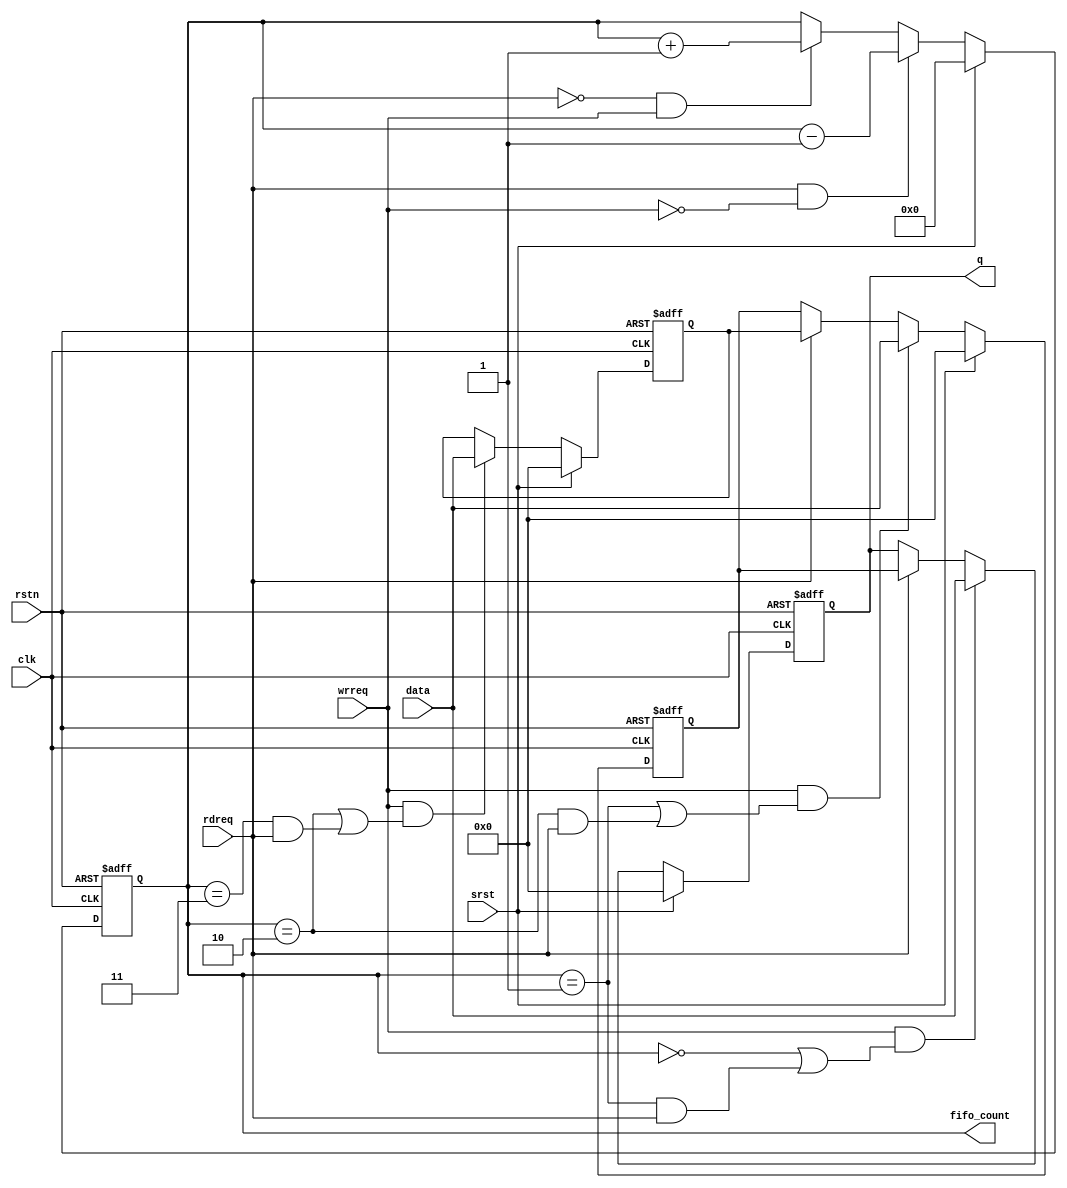
// (C) 2001-2016 Altera Corporation. All rights reserved.
// Your use of Altera Corporation's design tools, logic functions and other 
// software and tools, and its AMPP partner logic functions, and any output 
// files any of the foregoing (including device programming or simulation 
// files), and any associated documentation or information are expressly subject 
// to the terms and conditions of the Altera Program License Subscription 
// Agreement, Altera MegaCore Function License Agreement, or other applicable 
// license agreement, including, without limitation, that your use is for the 
// sole purpose of programming logic devices manufactured by Altera and sold by 
// Altera or its authorized distributors.  Please refer to the applicable 
// agreement for further details.


// synthesis translate_off
`timescale 1ns / 1ps
// synthesis translate_on
module altpciexpav128_fifo

#(
   parameter FIFO_DEPTH = 3,
   parameter DATA_WIDTH = 144
  )

  (
    // global signals
    input                         clk,
    input                         rstn,
    input                         srst,
    input                         wrreq,
    input                         rdreq,
    input  [DATA_WIDTH-1:0]       data,  
    output [DATA_WIDTH-1:0]       q,
    output reg [3:0]              fifo_count

   );
   
   
   reg  [DATA_WIDTH-1:0]          fifo_reg[FIFO_DEPTH-1:0];
   wire [FIFO_DEPTH-1:0]          fifo_wrreq;  
   
// fifo word counter
 always @(posedge clk or negedge rstn)
    begin
      if(~rstn)
        fifo_count <= 4'h0;
      else if (srst)
            fifo_count <= 4'h0;
         else if (rdreq & ~wrreq)
            fifo_count <= fifo_count - 1'b1;
         else if(~rdreq & wrreq)
            fifo_count <= fifo_count + 1'b1;
    end
    

generate
  genvar i;
  for(i=0; i< FIFO_DEPTH -1; i=i+1)
    begin: register_array
    
       assign fifo_wrreq[i] = wrreq & (fifo_count == i | (fifo_count == i + 1 & rdreq)) ;
       always @(posedge clk or negedge rstn)
         begin
           if(~rstn)
             fifo_reg[i] <= {DATA_WIDTH{1'b0}};
           else if (srst)
             fifo_reg[i] <= {DATA_WIDTH{1'b0}};
           else if(fifo_wrreq[i])
             fifo_reg[i] <= data;
           else if(rdreq)
             fifo_reg[i] <= fifo_reg[i+1];
         end
       end
  endgenerate
  
  
/// the last register
 assign fifo_wrreq[FIFO_DEPTH-1] = wrreq & (fifo_count == FIFO_DEPTH - 1 | (fifo_count == FIFO_DEPTH & rdreq)) ;    
 
 always @(posedge clk or negedge rstn)
  begin
    if(~rstn)
      fifo_reg[FIFO_DEPTH-1] <= {DATA_WIDTH{1'b0}};
    else if (srst)
       fifo_reg[FIFO_DEPTH-1] <= {DATA_WIDTH{1'b0}};
    else if(fifo_wrreq[FIFO_DEPTH-1])
      fifo_reg[FIFO_DEPTH-1] <= data;
  end
  
  
assign q = fifo_reg[0];
  
endmodule